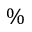
\%